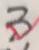
3